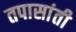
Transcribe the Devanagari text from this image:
तपासांती